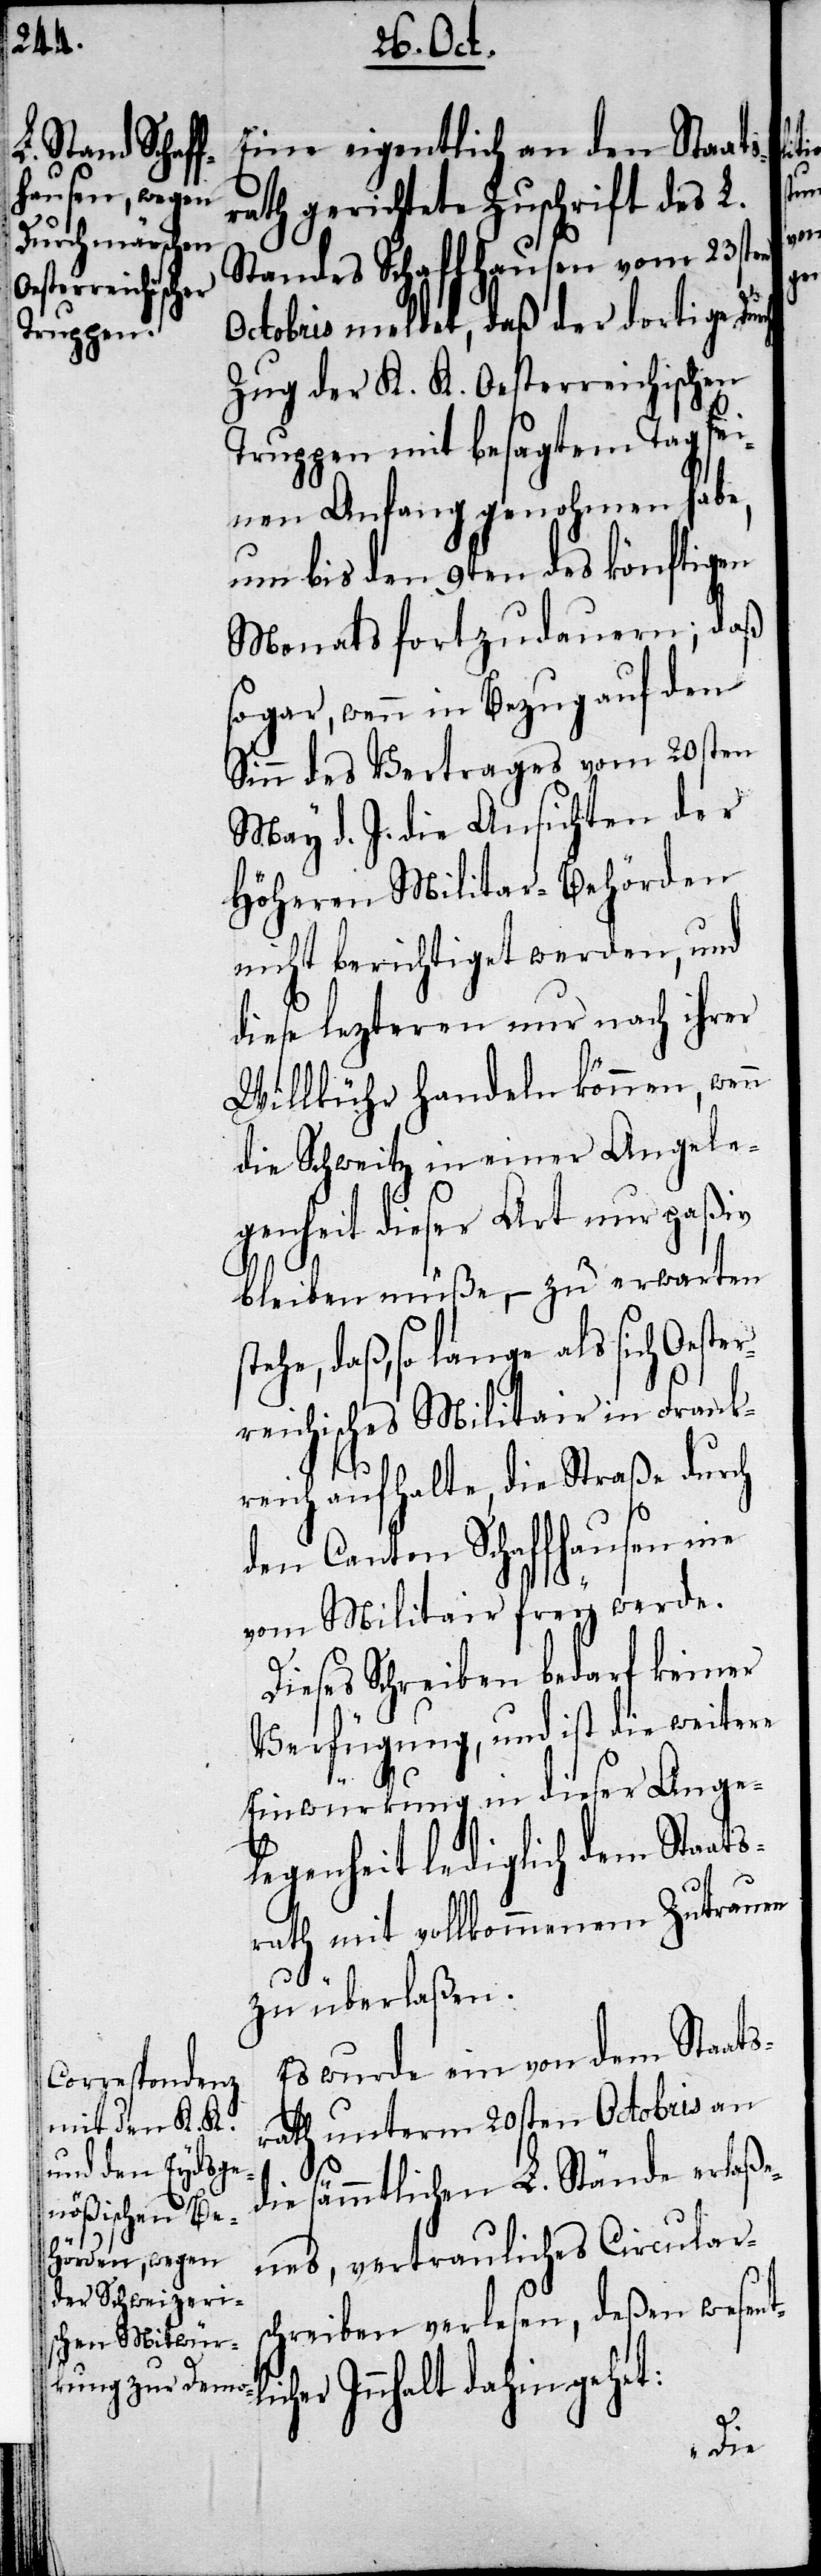
Eine eigentlich an den Staats¬
rath gerichtete Zuschrift des L.
Standes Schaffhausen vom 23sten
Octobris meldet, daß der dortige Dur¬
zug der K. K. Oesterreichischen
Truppen mit besagtem Tag sei¬
nen Anfang genohmen habe,
um bis den 9ten des könftigen
Monats fortzudauern; daß
sogar, wenn in Bezug auf den
Sinn des Vertrages vom 20sten
May d. J. die Ansichten der
Höheren Militar-Behörden
nicht berichtiget werden, und
diese lezteren nur nach ihrer
Willkühr handeln können, wenn
die Schweitz in einer Angele¬
genheit dieser Art nur paßiv
bleiben müße, – zu erwarten
stehe, daß, so lange als sich Oes¬
reichisches Militair in Frank¬
reich aufhalte, die Straße durch
den Canton Schaffhausen nie
vom Militair frey werde.
Dieses Schreiben bedarf keiner
legenheit lediglich dem Staats¬
rath mit vollkommenem Zutrauen
zu überlaßen.
Es wurde ein von dem Staats¬
rath unterm 20sten Octobris an
die sämmtlichen L. Stände erlaße¬
nes, vertrauliches Circulars¬
chreiben verlesen, deßen wesent¬
Innhalt dahingehet:

her
in